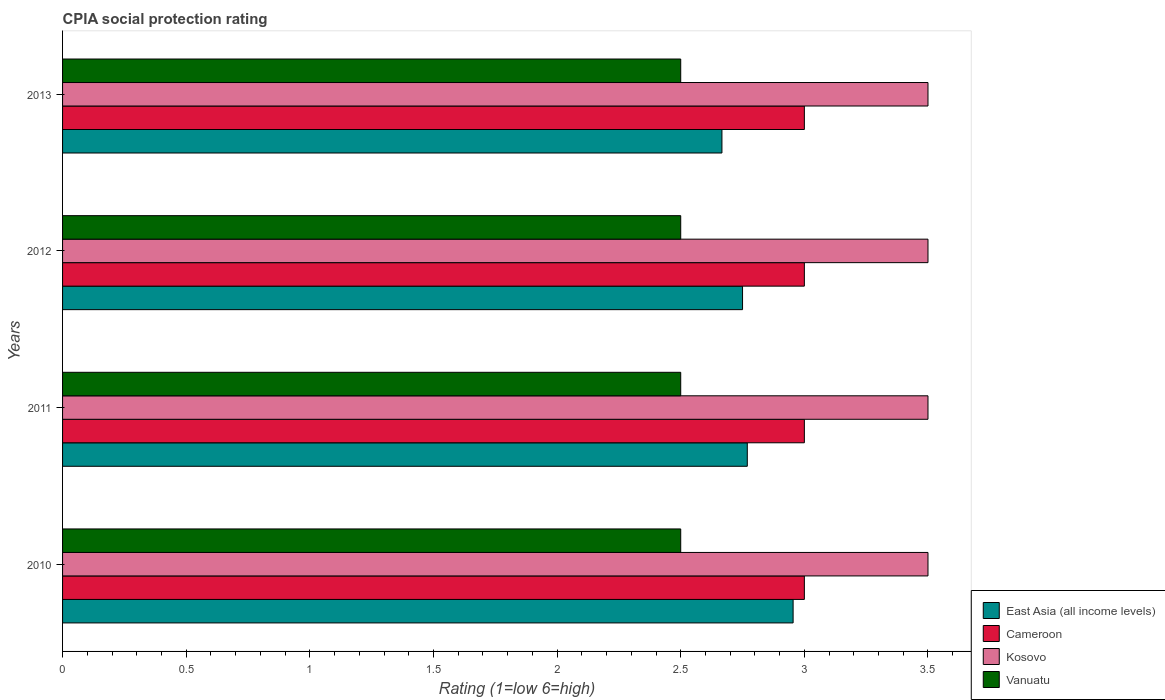
| Years | East Asia (all income levels) | Cameroon | Kosovo | Vanuatu |
 | --- | --- | --- | --- | --- |
 | 2010 | 2.95 | 3 | 3.5 | 2.5 |
 | 2011 | 2.77 | 3 | 3.5 | 2.5 |
 | 2012 | 2.75 | 3 | 3.5 | 2.5 |
 | 2013 | 2.67 | 3 | 3.5 | 2.5 |